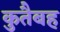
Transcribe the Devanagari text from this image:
कुतैबह